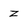
Character: z